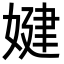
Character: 𡞹